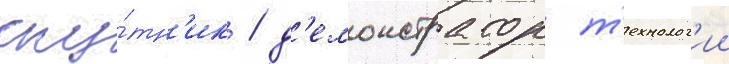
спу́тн'ик / д'емонстратор т'ехнолог'ии